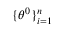
\lbrace \boldsymbol { \theta } ^ { 0 } \rbrace _ { i = 1 } ^ { n }